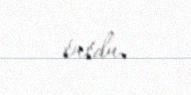
tutdu.